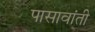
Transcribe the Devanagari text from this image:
पासावांती